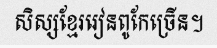
សិស្សខ្មែររៀនពូកែច្រើន។